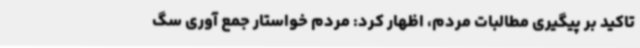
تاکید بر پیگیری مطالبات مردم، اظهار کرد: مردم خواستار جمع آوری سگ